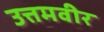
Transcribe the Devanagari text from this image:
उत्तमवीर